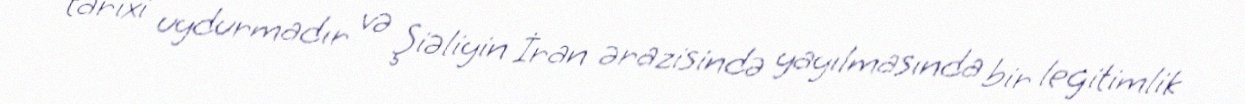
tarixi uydurmadır və Şiəliyin İran ərazisində yayılmasında bir legitimlik